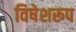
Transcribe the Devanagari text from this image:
विषेशरूप